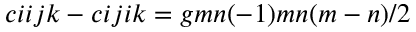
c i i j k − c i j i k = g m n ( − 1 ) m n ( m − n ) / 2